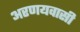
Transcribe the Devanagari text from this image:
अरणयवासी